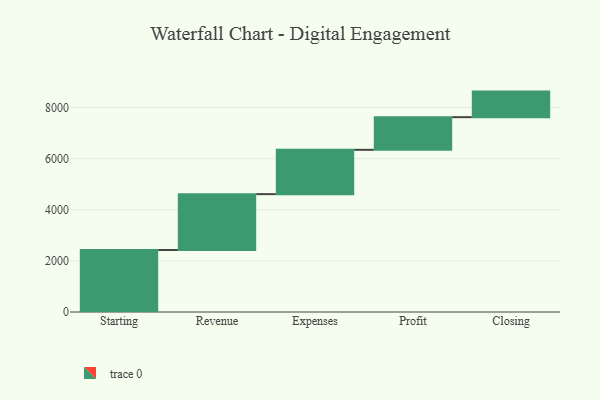
{"axis": {"x": "Step", "y": "Value"}, "legend": [""], "data": [{"x": "Starting", "y": 2425.0, "type": ""}, {"x": "Revenue", "y": 2185.0, "type": ""}, {"x": "Expenses", "y": 1733.0, "type": ""}, {"x": "Profit", "y": 1277.0, "type": ""}, {"x": "Closing", "y": 1000, "type": ""}]}